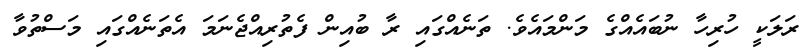
ރަލަކީ ހުރިހާ ނުބައެއްގެ މަންމައެވެ. ތަނެއްގައި ރާ ބުއިން ފެތުރިއްޖެނަމަ އެތަނެއްގައި މަސްތުވާ